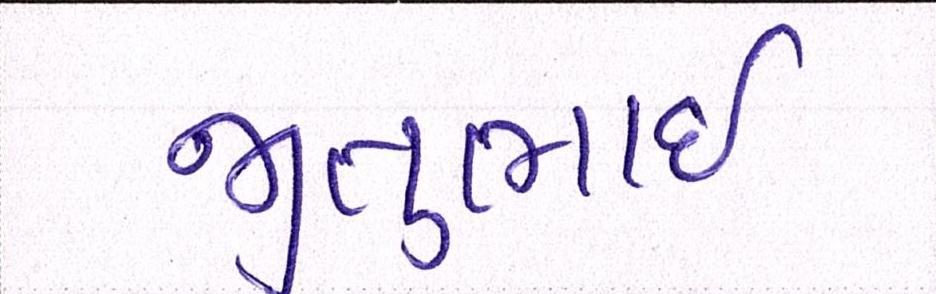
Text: જીતુભાઈ